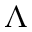
\Lambda